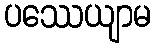
ပဿေယျာမ